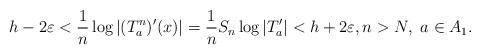
LaTeX: \begin{align*} h - 2 \varepsilon < \frac{1}{n} \log |(T_a^n)' (x)| = \frac{1}{n} S_n \log |T_a'| < h + 2 \varepsilon, n > N,\ a \in A_1.\end{align*}